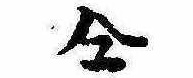
同